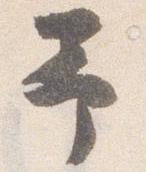
予